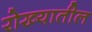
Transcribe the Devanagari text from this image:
रोख्यातील